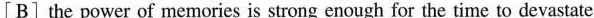
[B] the power of memories is strong cnough for the timc to devastate